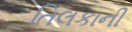
તિલકાની